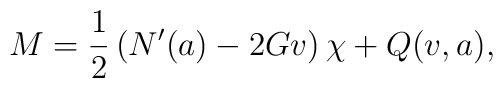
M=\frac{1}{2}\left(N'(a)-2Gv\right)\chi + Q(v, a),